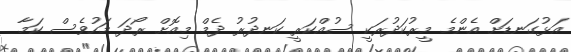
އަޅުގަނޑަށް އެންމެ މީރުކަދުރަކީ ސުއްކަރީ ކަނދުރު ދެމް މިއޮށް ރޯދަ މަހުވެސް ކަމާ